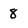
Character: 8